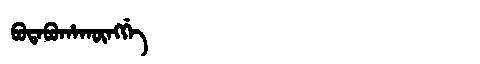
Manchu: ᠪᡠᡨᠠᠪᡠᡥᠠᡴᡡᠩᡤᡝ
Romanization: BUTABUHAKŪNGGE